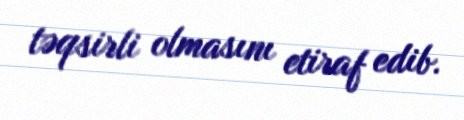
təqsirli olmasını etiraf edib.